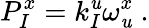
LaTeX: {P}_{I}^{x}=k_{I}^{\mathit{u}}\omega_{\mathit{u}}^{x}\ .